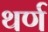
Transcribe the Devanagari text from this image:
थर्ण